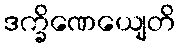
ဒက္ခိဏေယျေတိ